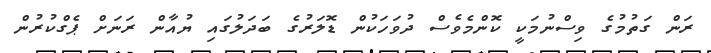
ރަން ގަތުމުގެ ވިސްނުމަކީ ކޮންމެވެސް ދުވަހަކުން ޑޮލަރުގެ ބަދަލުގައި ޔުއާން ރަނަށް ޕެގްކުރުން